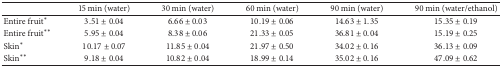
|  | 15 min (water) | 30 min (water) | 60 min (water) | 90 min (water) | 90 min (water/ethanol) |
 | --- | --- | --- | --- | --- | --- |
 | Entire fruit* | 3.51 ± 0.04 | 6.66 ± 0.03 | 10.19 ± 0.06 | 14.63 ± 1.35 | 15.35 ± 0.19 |
 | Entire fruit** | 5.95 ± 0.04 | 8.38 ± 0.06 | 21.33 ± 0.05 | 36.81 ± 0.04 | 15.19 ± 0.25 |
 | Skin* | 10.17 ± 0.07 | 11.85 ± 0.04 | 21.97 ± 0.50 | 34.02 ± 0.16 | 36.13 ± 0.09 |
 | Skin** | 9.18 ± 0.04 | 10.82 ± 0.04 | 18.99 ± 0.14 | 35.02 ± 0.16 | 47.09 ± 0.62 |